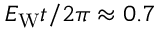
E _ { \mathrm { W } } t / 2 \pi \approx 0 . 7